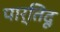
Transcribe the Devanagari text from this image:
पार्तिदू